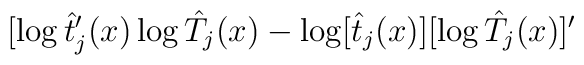
[\log\hat{t}'_j(x)\log\hat{T}_j(x)-\log[\hat{t}_j(x)][\log\hat{T}_j(x)]'